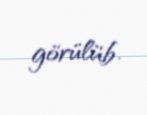
görülüb.